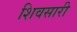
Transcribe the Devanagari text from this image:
शिवसारी